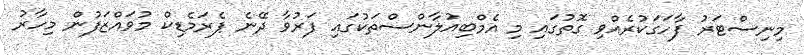
މިނިސްޓަރު ފާހަގަކުރެއްވި ގޮތުގައި މި އެމްބިއުލާންސްތަކުގައި ފަރުވާ ދޭނެ ޕެރަމެޑިކް މުވައްޒަފުން މިހާރު